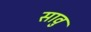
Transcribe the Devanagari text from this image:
सावु